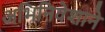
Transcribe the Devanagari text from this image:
अभिनिवेशाने